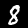
Digit: 8